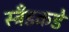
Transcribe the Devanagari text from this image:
स्ट्रँडकडे